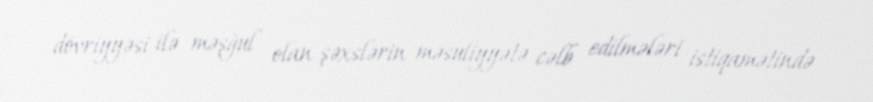
dövriyyəsi ilə məşğul olan şəxslərin məsuliyyətə cəlb edilmələri istiqamətində